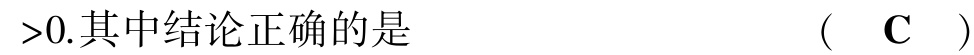
$>0.其中结论正确的是 （ \mathbf{C} ）$